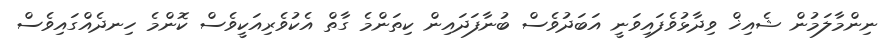
ނިންމާލަމުން ޝެއިޚް ވިދާޅުވެފައިވަނީ އަބަދުވެސް ބުނާފަދައިން ކިތަންމެ ގާތް އެކުވެރިއަކީވެސް ކޮންމެ ހިނދެއްގައިވެސް